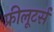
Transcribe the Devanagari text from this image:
फ्रीलूटर्स